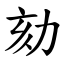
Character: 劾